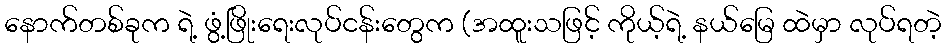
နောက်တစ်ခုက ရဲ့ ဖွံ့ဖြိုးရေးလုပ်ငန်းတွေက (အထူးသဖြင့် ကိုယ့်ရဲ့ နယ်မြေ ထဲမှာ လုပ်ရတဲ့